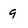
Character: 9